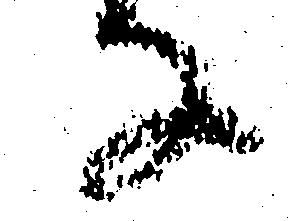
な